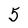
Character: 5